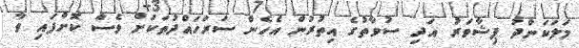
މަލަކަންދު ޕިޝާވަރު އަދި ސުވާތުގެ އިތުރުން އެހެން ސަރަހައްދުތަކަށް ވެސް ކޮށްފައި ވާ